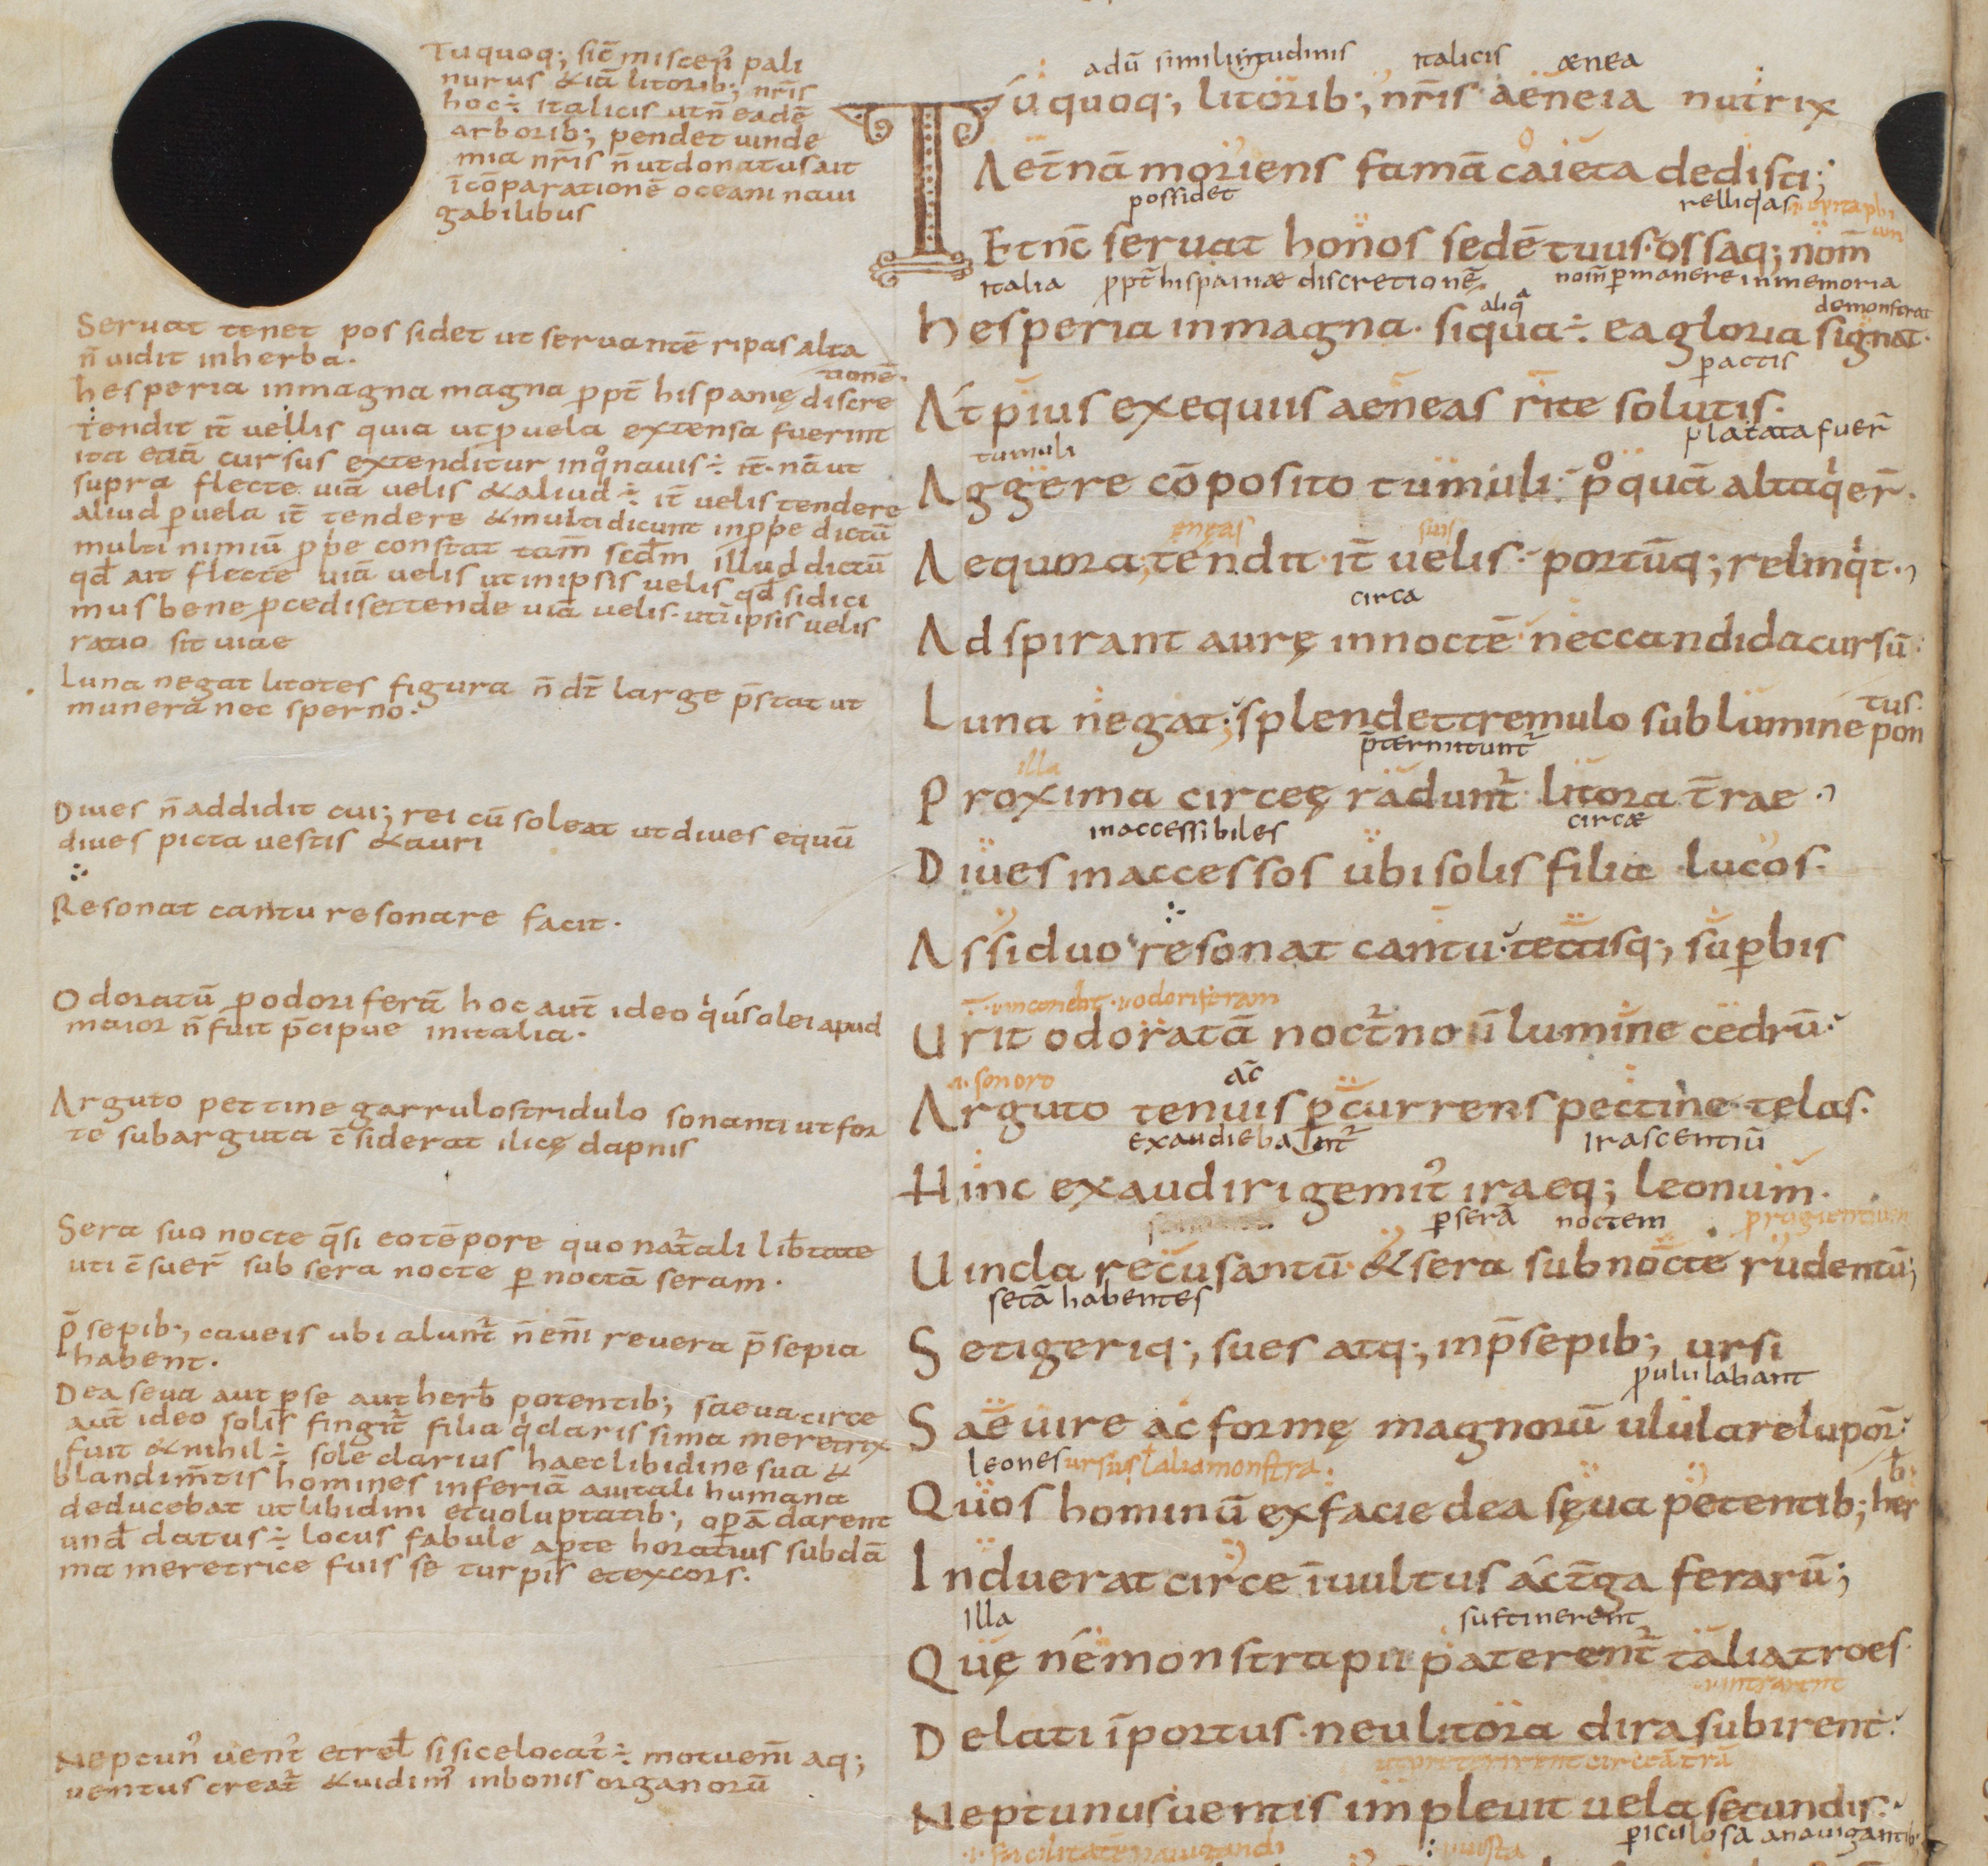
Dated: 850–999